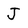
Character: J